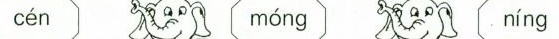
cén móng níng